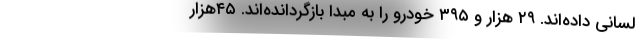
لسانی داده‌اند. ۲۹ هزار و ۳۹۵ خودرو را به مبدا بازگردانده‌اند. ۴۵هزار